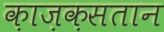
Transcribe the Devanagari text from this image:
क़ाज़क़सतान